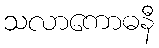
သလာကောဓနီ